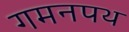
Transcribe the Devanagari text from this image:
गमनपथ